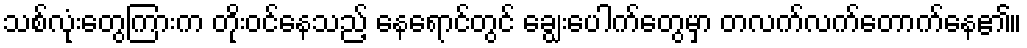
သစ်လုံးတွေကြားက တိုးဝင်နေသည့် နေရောင်တွင် ချွေးပေါက်တွေမှာ တလက်လက်တောက်နေ၏။